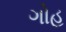
ગોહ